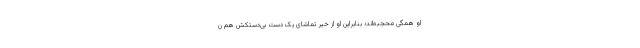
او همگی محجبه‌اند؛ بنابراین او از خیر تماشای یک دست بی‌دستکش هم ن